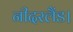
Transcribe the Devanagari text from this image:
नीदरलैंड।